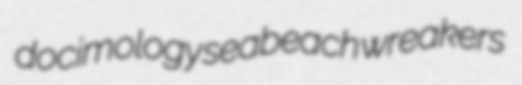
docimology seabeach wreakers